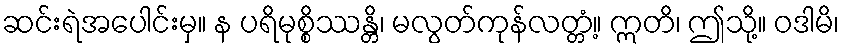
ဆင်းရဲအပေါင်းမှ။ န ပရိမုစ္စိဿန္တိ၊ မလွတ်ကုန်လတ္တံ့။ ဣတိ၊ ဤသို့။ ဝဒါမိ၊